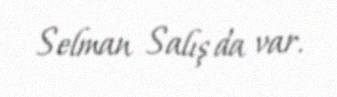
Selman Salış da var.